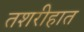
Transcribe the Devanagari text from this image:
तशरीहात